Vaccination United Provinces of Agra and Oudh 1902-1913 - 1902-1913
Year: 1902
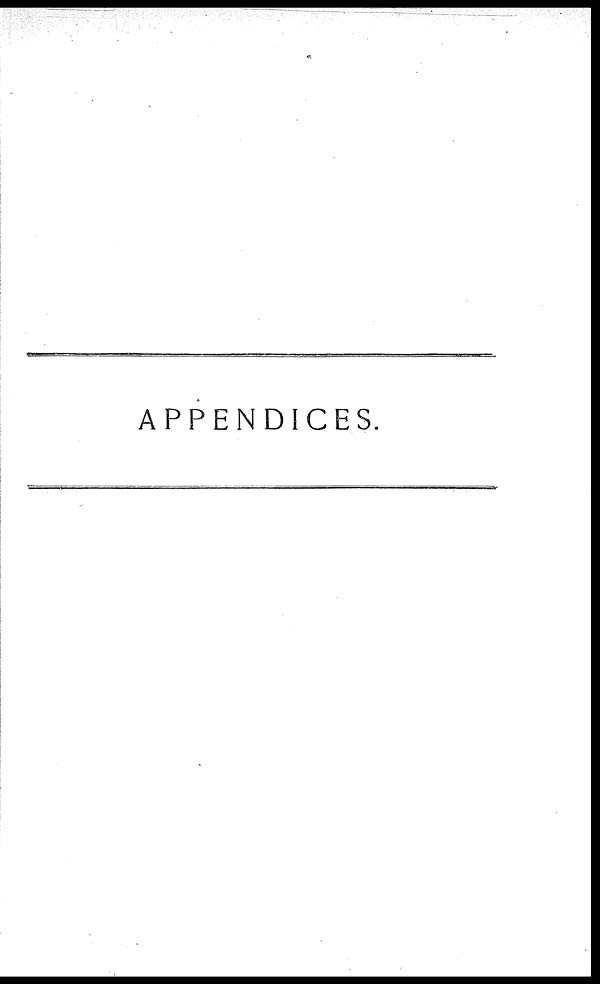
APPENDICES.